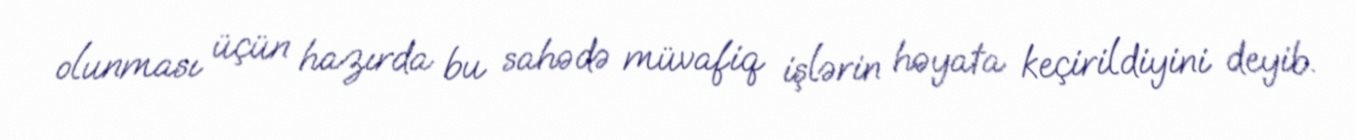
olunması üçün hazırda bu sahədə müvafiq işlərin həyata keçirildiyini deyib.